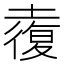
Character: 𡑉